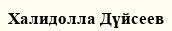
Халидолла Дүйсеев